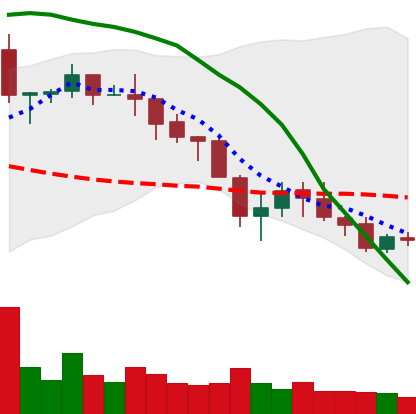
Ticker: NEO-USD
Chart end date: 2018-05-19
Forward return: -7.456%
Label: down_7plus